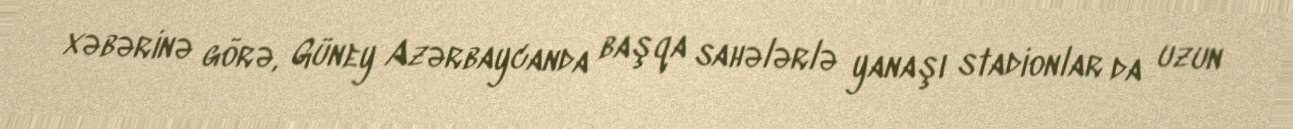
xəbərinə görə, Güney Azərbaycanda başqa sahələrlə yanaşı stadionlar da uzun